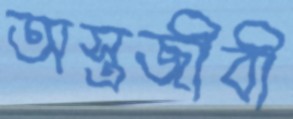
অস্ত্রজীবী